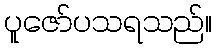
ပူဇော်ပသရသည်။